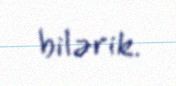
bilərik.